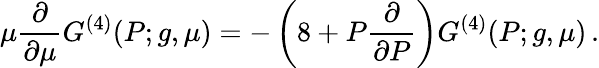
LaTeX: \mu\frac{\partial}{\partial\mu}G^{(4)}(P;g,\mu)=-\left(8+P\frac{\partial}{\partial P}\right)G^{(4)}(P;g,\mu)\, .